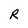
Character: R